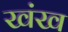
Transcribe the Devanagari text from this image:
खंख